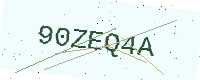
Text: 90ZEQ4A